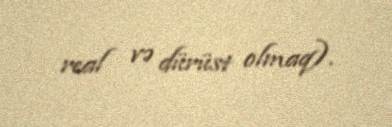
real və dürüst olmaq).